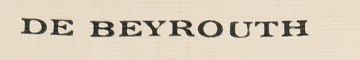
DE BEYROUTH